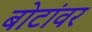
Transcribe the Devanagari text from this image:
बोटांवर